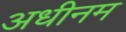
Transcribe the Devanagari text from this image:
अधीनम